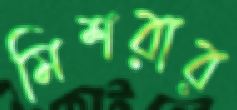
মিশরার